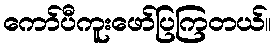
ကော်ပီကူးဖော်ပြကြတယ်။